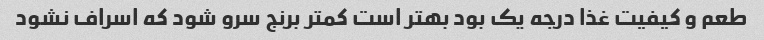
طعم و کیفیت غذا درجه یک بود بهتر است کمتر برنج سرو شود که اسراف نشود